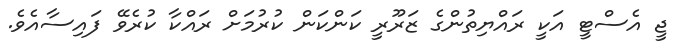
ޖީ އެސްޓީ އަކީ ރައްޔިތުންގެ ޒަރޫރީ ކަންކަން ކުރުމަށް ރައްކާ ކުރެވޭ ފައިސާއެވެ.